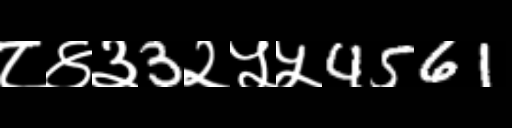
Text: ८४३3२५५4561